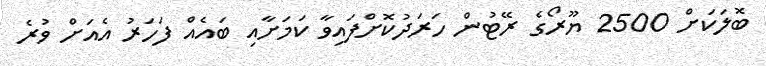
ބޮލަކަށް 2500 ޔޫރޯގެ ރޭޓުން ހަރަދުކޮށްފައިވާ ކަމަށާއި ބައެއް ފަހަރު އެއަށް ވުރެ